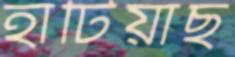
হাঁটিয়াছ